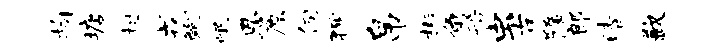
拘塘相戎鲍岷恩原伺狎帛彬角船虫古隋郎晴歉